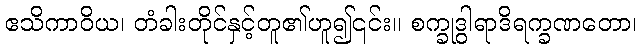
ဧသိကာဝိယ၊ တံခါးတိုင်နှင့်တူ၏ဟူ၍၎င်း။ စက္ခုဒွါရာဒိရက္ခဏတော၊